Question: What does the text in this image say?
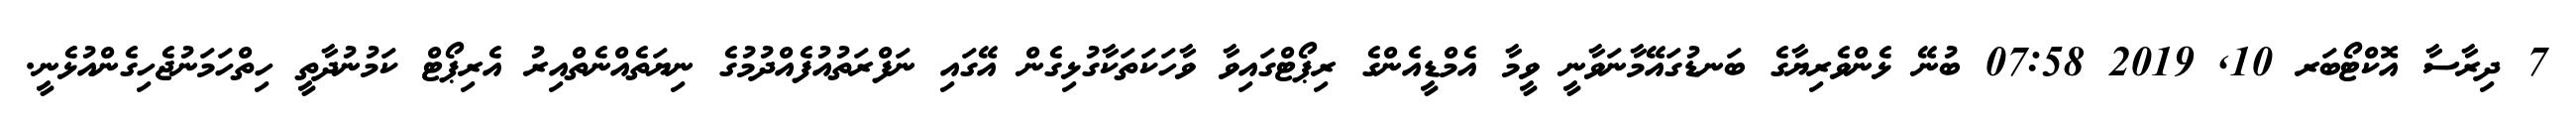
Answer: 7 ދިރާސާ އޮކްޓޯބަރ 10, 2019 07:58 ބުނޭ ޅެންވެރިޔާގެ ބަނޑުގައޭމާނަވާނީ ވީމާ އެމްޑީއެންގެ ރިޕޯޓްގައިވާ ވާހަކަތަކާގުޅިގެން އޭގައި ނަފްރަތުއުފެއްދުމުގެ ނިޔަތެއްނެތްއިރު އެރިޕޯޓް ކަމުނުދާތީ ހިތްހަމަނުޖެހިގެންއުޅެނީ.